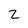
Character: z